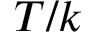
T / k